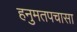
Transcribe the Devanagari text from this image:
हनुमतपचासा